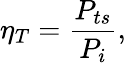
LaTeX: \eta_{T}=\frac{P_{ts}}{P_{i}},